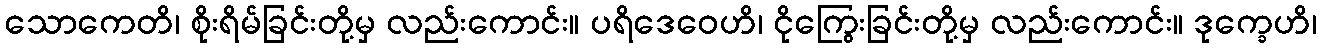
သောကေတိ၊ စိုးရိမ်ခြင်းတို့မှ လည်းကောင်း။ ပရိဒေဝေဟိ၊ ငိုကြွေးခြင်းတို့မှ လည်းကောင်း။ ဒုက္ခေဟိ၊